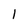
Character: l